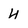
Character: 4